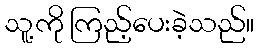
သူ့ကို ကြည့်ပေးခဲ့သည်။